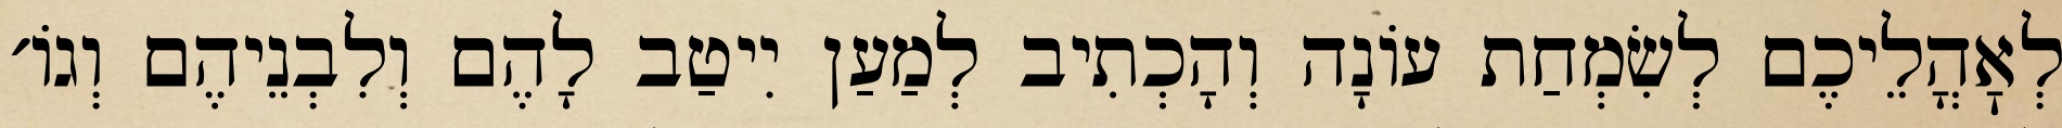
לְאׇהֳלֵיכֶם לְשִׂמְחַת עוֹנָה וְהָכְתִיב לְמַעַן יִיטַב לָהֶם וְלִבְנֵיהֶם וְגוֹ׳